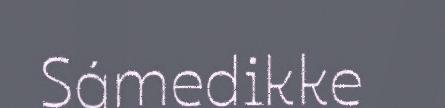
Sámedikke